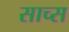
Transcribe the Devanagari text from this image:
साच्स